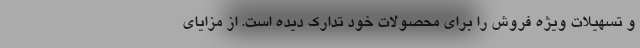
و تسهیلات ویژه فروش را برای محصولات خود تدارک دیده است. از مزایای